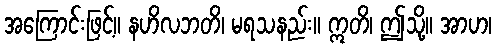
အကြောင်းဖြင့်။ နဟိလဘတိ၊ မရသနည်း။ ဣတိ၊ ဤသို့။ အာဟ၊